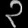
Digit: ၃